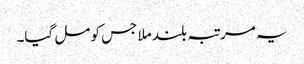
یہ مرتبہ بلند ملا جس کو مل گیا۔